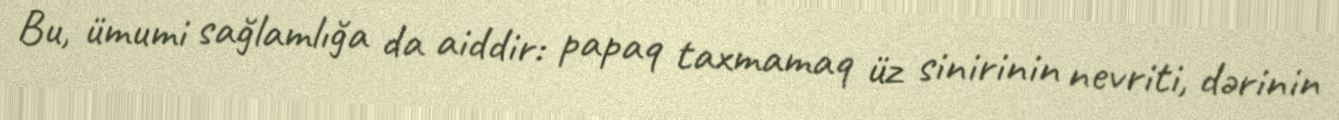
Bu, ümumi sağlamlığa da aiddir: papaq taxmamaq üz sinirinin nevriti, dərinin